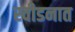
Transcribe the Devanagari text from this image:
स्वीडनात